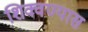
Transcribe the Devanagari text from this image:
शिक्वण्यास